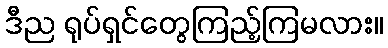
ဒီည ရုပ်ရှင်တွေကြည့်ကြမလား။